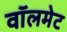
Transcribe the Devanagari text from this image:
वॉलमेट